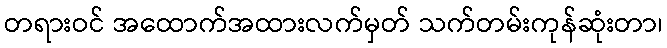
တရားဝင် အထောက်အထားလက်မှတ် သက်တမ်းကုန်ဆုံးတာ၊